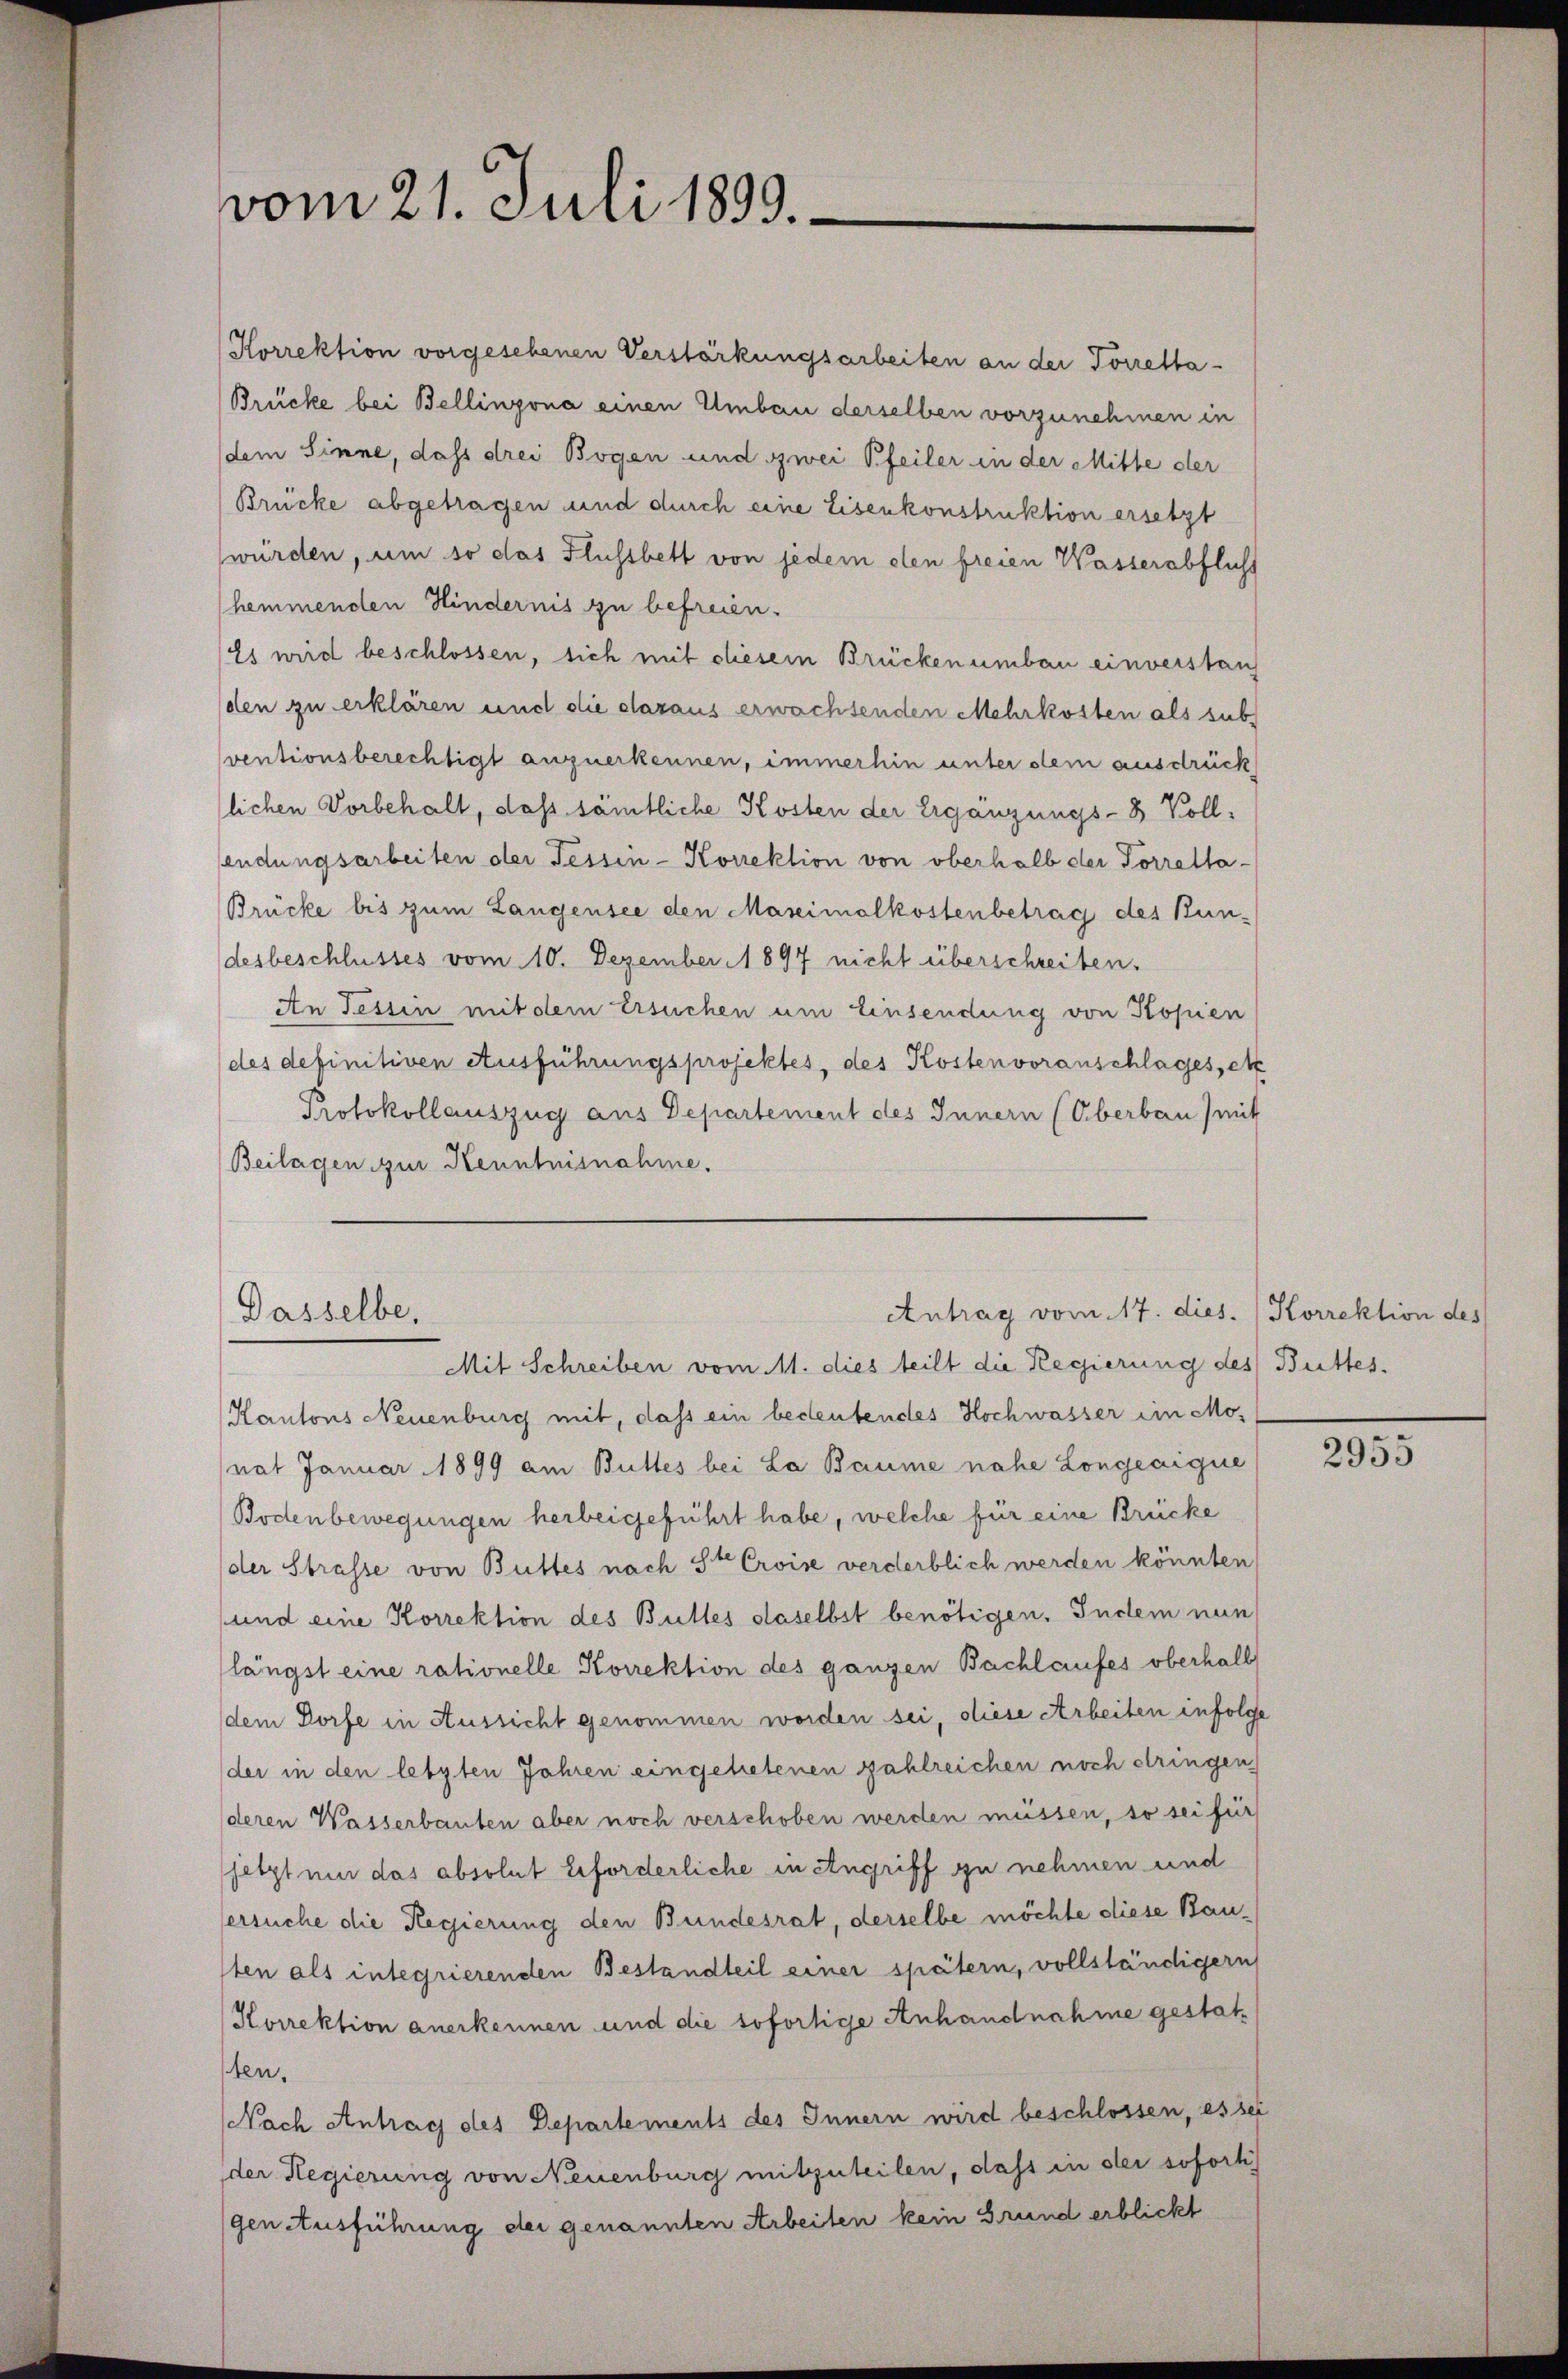
vom 21. Juli 1899.

Korrektion vorgesehenen Verstärkungsarbeiten an der Torresta-
Brücke bei Bellinzona einen Umbau derselben vorzunehmen in
dem Sinne, dass drei Bogen und zwei Pfeiler in der Mitte der
Brücke abgetragen und durch eine Eisenkonstruktion ersetzt
würden, um so das Flussbett von jedem den freien Wasserabflicht
hemmenden Hindernis zu befreien.
Es wird beschlossen, sich mit diesem Brücken umbau einverstan
den zu erklären und die daraus erwachsenden Mehrkosten als sub
ventionsberechtigt anzuerkennen, immerhin unter dem ausdrück
lichen Vorbehalt, daß sämtliche Kosten der Ergänzungs-8 Vollendungsarbeiten oder Tessin - Korrektion von oberhalb der Torretta,
Brücke bis zum Langensee den Maseimalkostenbetrag des Kundesbeschlusses vom 10. Dezember 1897 nicht überschreiben.
An Tessin mit dem Ersuchen um Einsendung von Kopien
des definitiven Ausführungsprojektes, des Kostenvoranschlages, et
Protokollauszug aus Departement des Innern (Oberbau / mit
Beilagen zur Kenntnisnahme.
Antrag vom 17. dies. Korrektion des
Dasselbe.
Mit Schreiben vom 11. dies teilt die Regierung des Buttes.
Kantons Neuenburg mit, dass ein bedeutendes Hochwasser im Monat Januar 1899 am Buttes bei La Baume nahe Longeaique
Bodenbewegungen herbeigeführt habe, welche für eine Brücke
der Strasse von Buttes nach Ste Croise verderblich werden könnten
und eine Korrektion des Buttes daselbst benötigen. Indem nun
längst eine rationelle Korrektion des ganzen Bachlaufes oberhalb
dem Dorfe in Aussicht genommen worden sei, diese Arbeiten infolge
der in den letzten Jahren eingehetenen zahlreichen noch eringen
deren Wasserbauten aber noch verschoben werden müssen, so sei für
jetzt nur das absolut erforderliche in Angriff zu nehmen und
ersuche die Regierung den Bundesrat, derselbe möchte diese Bau-
sten als integrierenden Bestandteil einer spätern, vollständigern
Korrektion anerkennen und die sofortige Anhandnahme gestatten.
Nach Antrag des Departements des Innern wird beschlossen, es sei
der Regierung von Neuenburg mitzuteilen, dass in der sofort
gen Ausführung der genannten Arbeiten kein Grund erblickt

2955